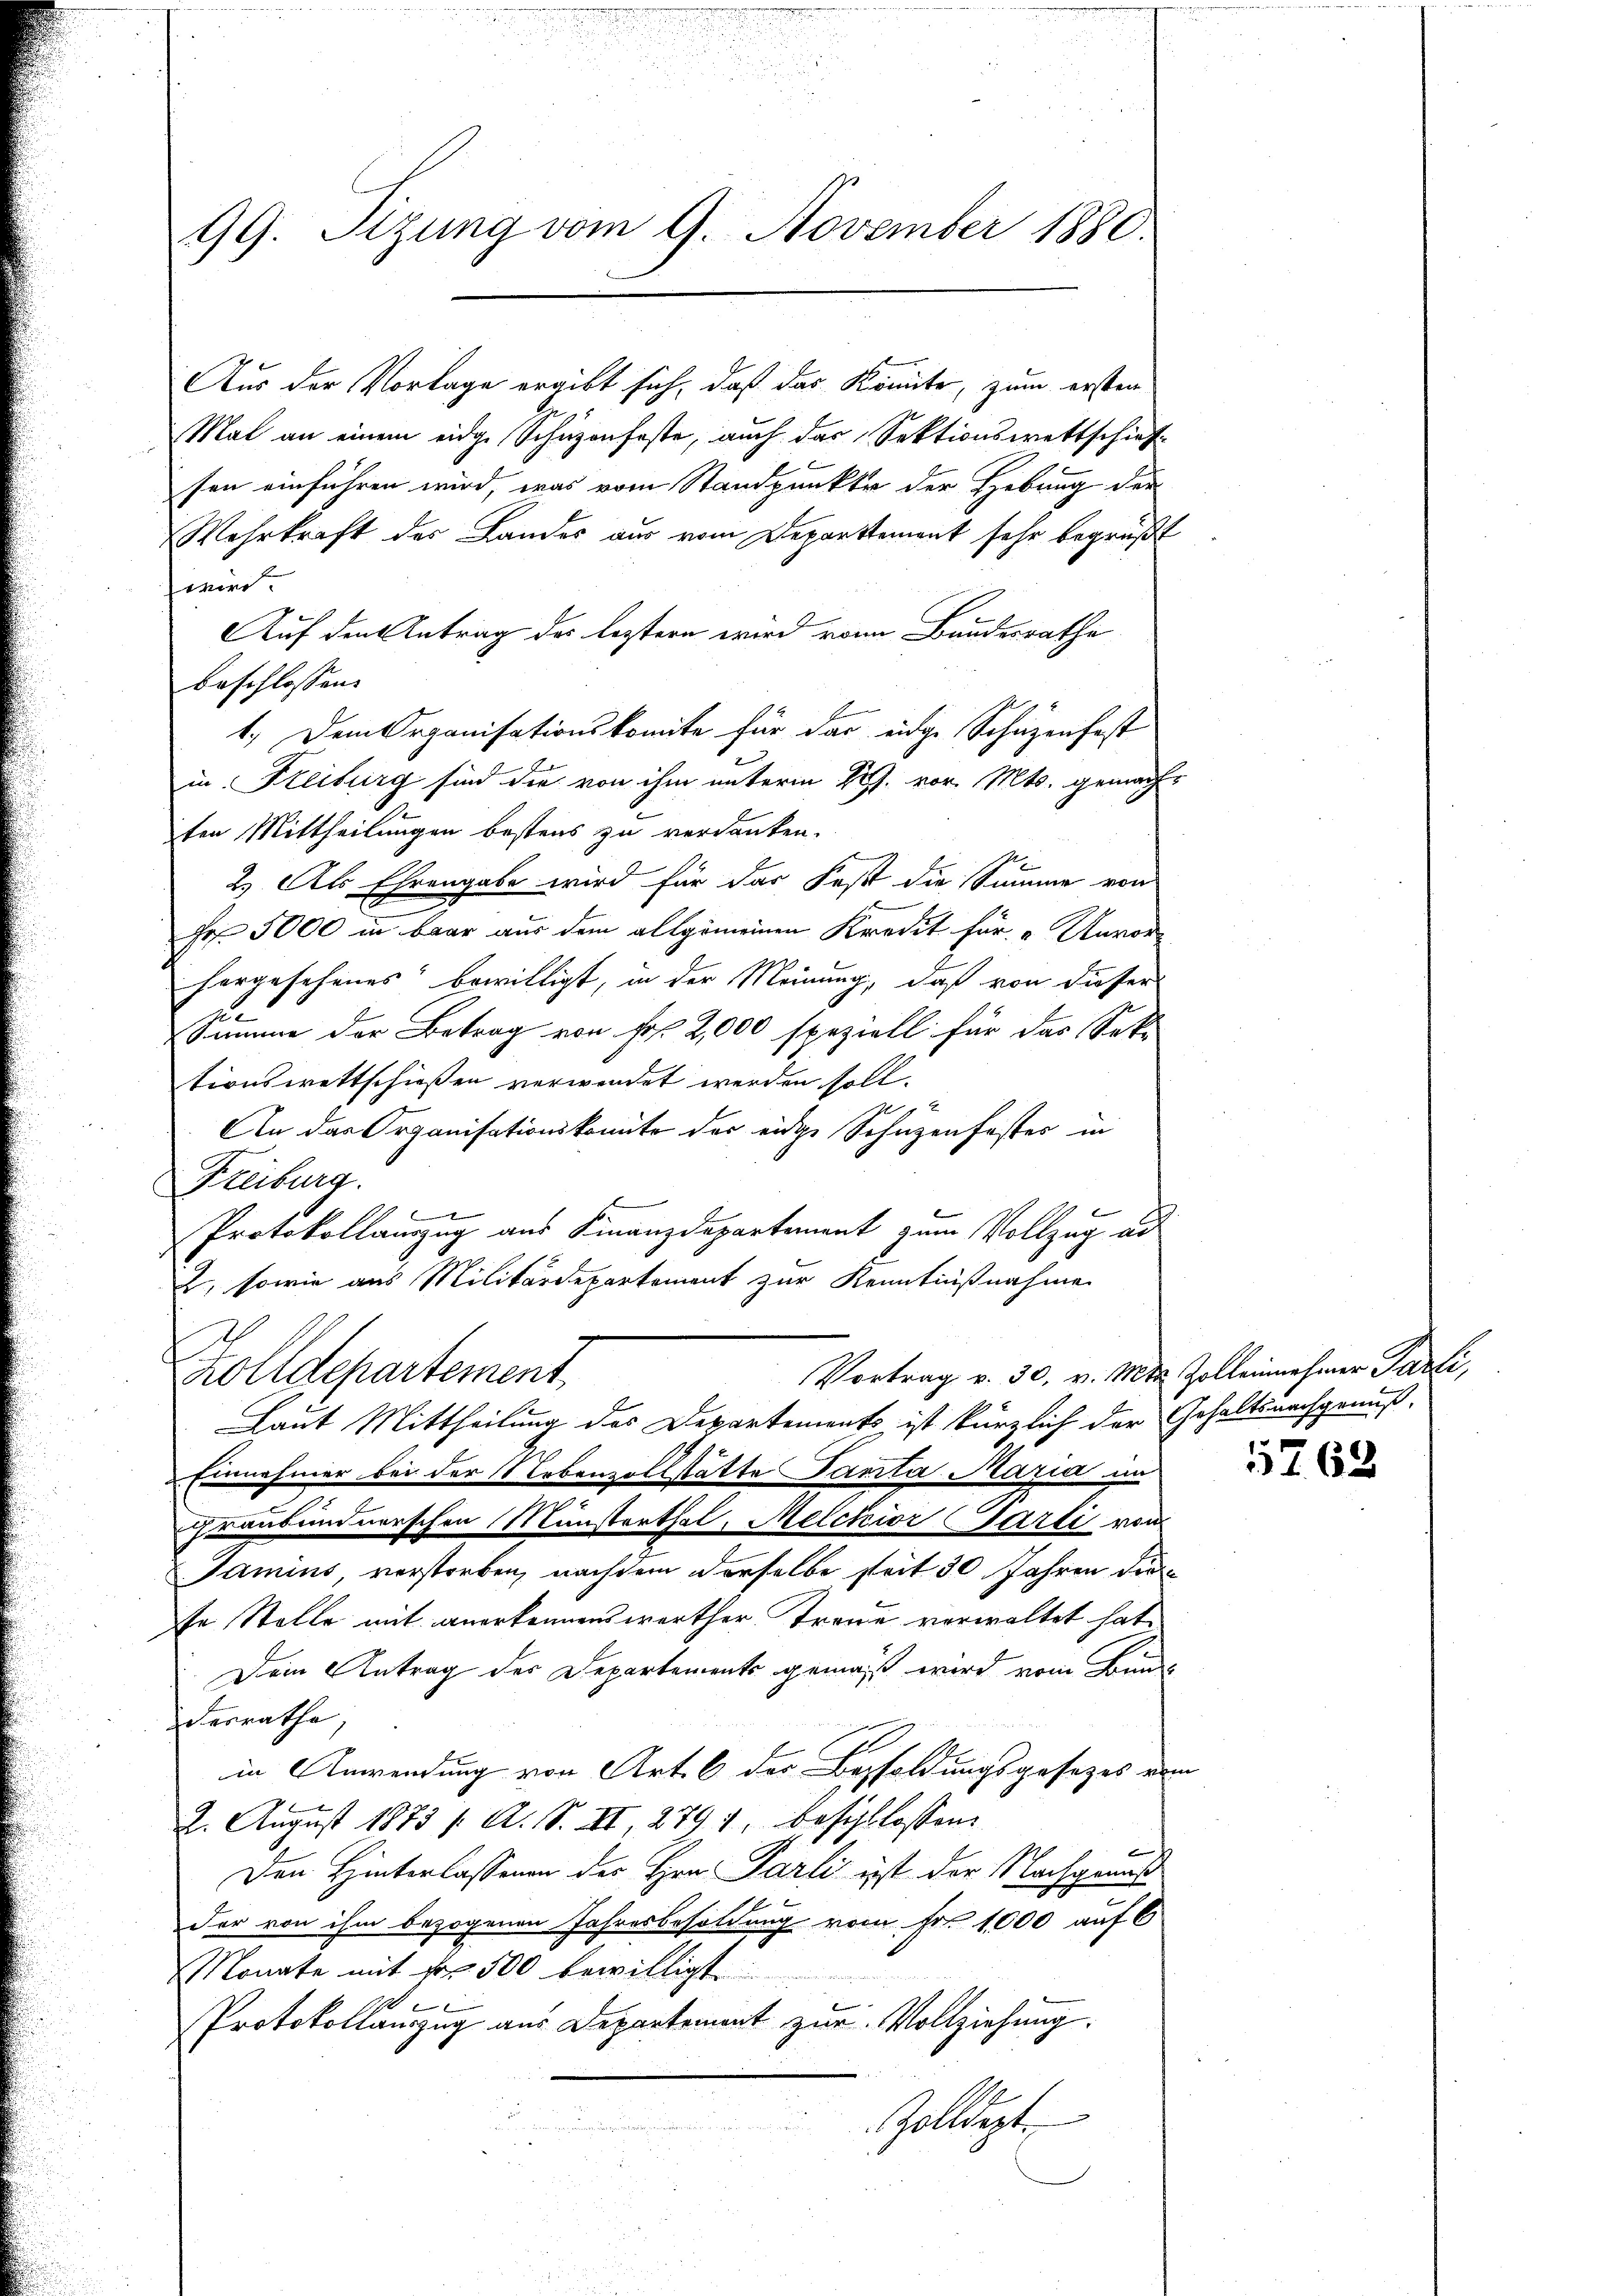
99. Sizung vom 9. November 1880.

Aus der Vorlage ergibt sich, daß das Könnte, zum ersten
Mal an einem eidge Schüzenfeste, auch das Sektionswettschief-
sen einführen wird, was vom Standpunkte der Hebung der
Wehrkraft des Landes aus vom Departement sehr begrüßt
wird.
Auf den Antrag des leztern wird von Bundesrathe
beschlossen:
1.) Dem Organisationskomite für das eidge Schüzenfest
in Freiburg sind die von ihm unterm 22. vor. Mts. gemacht
zten Mittheilungen bestens zu verdanken.
2.) Als Ehrengabe wird für das Fest die Summe von
Hr 5000 in baar aus dem allgemeinen Kredit für " Unvorhergesehenes bewilligt, in der Meinung, daß von dieser
g
Summe der Betrag von Fr. 2,000 speziell für das Sek-
tionswettschießen verwendet werden soll.
An das Organisationskomite der eidge Schnzen fastes in
Freiburg.
Protokollauszug aus Finanzdepartement zum Vollzug ad
u, sowie aus Militärdepartement zur Kenntnißnahme
.
Vortrag v. 30. v. Mts. Zolleinnehmer Parti,
Zolldepartement
Laut Mittheilung des Departements ist kürzlich der Gehaltsnachgenuß-
Einnehmer bei der Nebenzollstätte Panta Maria im
ihraubündnerschen Münsterthal, Melchior Carli von
Jamins, verstorben, nachdem derselbe steit 30 Jahren die
se Stelle mit anerkennenswerther Treue verwaltet hat.
Dein Antrag des Departements gemäß wird vom Bundes
derrathe,
in Anwendung von Art. 6 des Bepfoldungsgesezes vom
2. August 1873 /: A. S. II, 2791, beschlossen:
t
Den Hinterlassenen des Hrn. Parli ist der Nachgemeß
der von ihm bezogenen Jahresbesoldung vom Fr. 1000 auf 6
Monate mit der 500 bewilligt.
e
Protokollauszug aus Departement zur Vollziehung.
Zolldept.

1763.